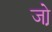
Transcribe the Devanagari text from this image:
जो़